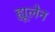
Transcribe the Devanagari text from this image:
ह्यूलेन